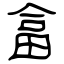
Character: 畣